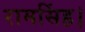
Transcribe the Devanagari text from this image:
रामसिंह।